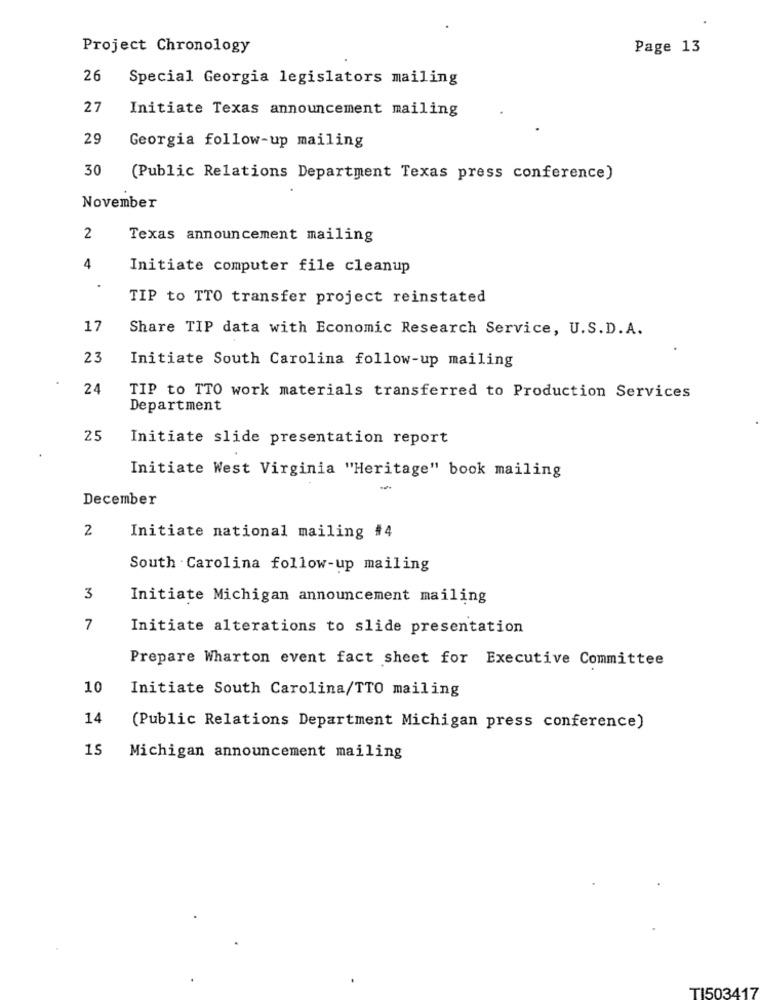
Project Chronology
Page 13
26
Special Georgia legislators mailing
27
Initiate Texas announcement mailing
29
Georgia follow-up mailing
30
(Public Relations Department Texas press conference)
November
2
Texas announcement mailing
4
Initiate computer file cleanup
.
TIP to TTO transfer project reinstated
17
Share TIP data with Economic Research Service, U.S.D.A.
23
Initiate South Carolina follow-up mailing
24
TIP to TTO work materials transferred to Production Services
Department
25
Initiate slide presentation report
Initiate West Virginia "Heritage" book mailing
-
December
2
Initiate national mailing #4
South Carolina follow-up mailing
3
Initiate Michigan announcement mailing
7
Initiate alterations to slide presentation
Prepare Wharton event fact sheet for Executive Committee
10
Initiate South Carolina/TTO mailing
14
(Public Relations Department Michigan press conference)
15
Michigan announcement mailing
TI503417